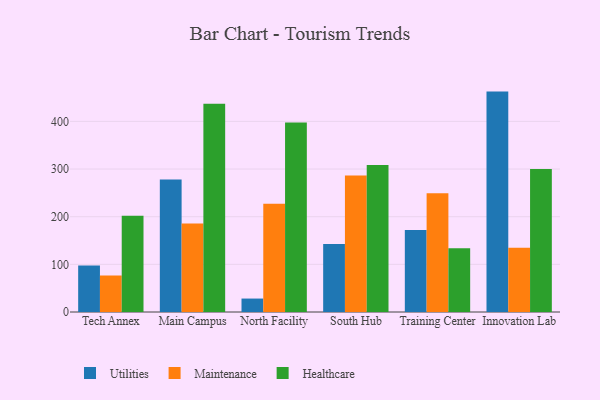
{"axis": {"x": "Campus", "y": "Demand Index"}, "legend": ["Healthcare", "Maintenance", "Utilities"], "data": [{"x": "Tech Annex", "y": 97.6, "type": "Utilities"}, {"x": "Tech Annex", "y": 76.6, "type": "Maintenance"}, {"x": "Tech Annex", "y": 202.1, "type": "Healthcare"}, {"x": "Main Campus", "y": 278.3, "type": "Utilities"}, {"x": "Main Campus", "y": 185.5, "type": "Maintenance"}, {"x": "Main Campus", "y": 436.8, "type": "Healthcare"}, {"x": "North Facility", "y": 28.2, "type": "Utilities"}, {"x": "North Facility", "y": 227.3, "type": "Maintenance"}, {"x": "North Facility", "y": 397.4, "type": "Healthcare"}, {"x": "South Hub", "y": 142.9, "type": "Utilities"}, {"x": "South Hub", "y": 286.2, "type": "Maintenance"}, {"x": "South Hub", "y": 308.5, "type": "Healthcare"}, {"x": "Training Center", "y": 172.2, "type": "Utilities"}, {"x": "Training Center", "y": 249.4, "type": "Maintenance"}, {"x": "Training Center", "y": 134.0, "type": "Healthcare"}, {"x": "Innovation Lab", "y": 462.5, "type": "Utilities"}, {"x": "Innovation Lab", "y": 135.0, "type": "Maintenance"}, {"x": "Innovation Lab", "y": 300.0, "type": "Healthcare"}]}